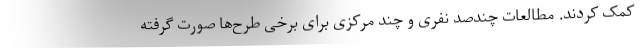
کمک کردند. مطالعات چندصد نفری و چند مرکزی برای برخی طرح‌ها صورت گرفته